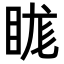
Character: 𥆙